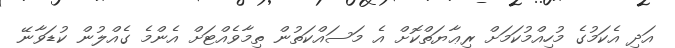
އަދި އެކަމުގެ މުހިއްމުކަމަށް ރިޢާޔަތްކޮށް އެ މަސައްކަތުން ތިމާވެއްޓަށް އެންމެ ގެއްލުން ކުޑަވާނޭ